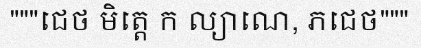
"""ជេថ មិត្តេ ក ល្យាណេ, ភជេថ"""